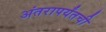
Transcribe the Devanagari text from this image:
अंतरापर्यंतची